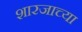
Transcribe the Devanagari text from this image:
शारजाच्या